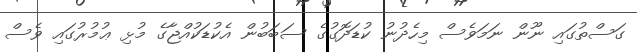
ގަސްތުގައި ނޫން ނަމަވެސް މިހެދުނު ކުޑަދޮގުގެ ސަބަބުން އެކުޑަކުއްޖާގެ މުޅި ޢުމުރުގައި ވެސް